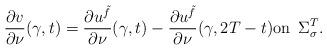
LaTeX: \begin{align*}\frac {\partial v} {\partial \nu} (\gamma ,t)=\frac {\partial u^{\tilde f}} {\partial \nu} (\gamma ,t)-\frac {\partial u^{\tilde f}} {\partial \nu}(\gamma ,2T-t)\mbox{on }\, \Sigma^T_\sigma .\end{align*}